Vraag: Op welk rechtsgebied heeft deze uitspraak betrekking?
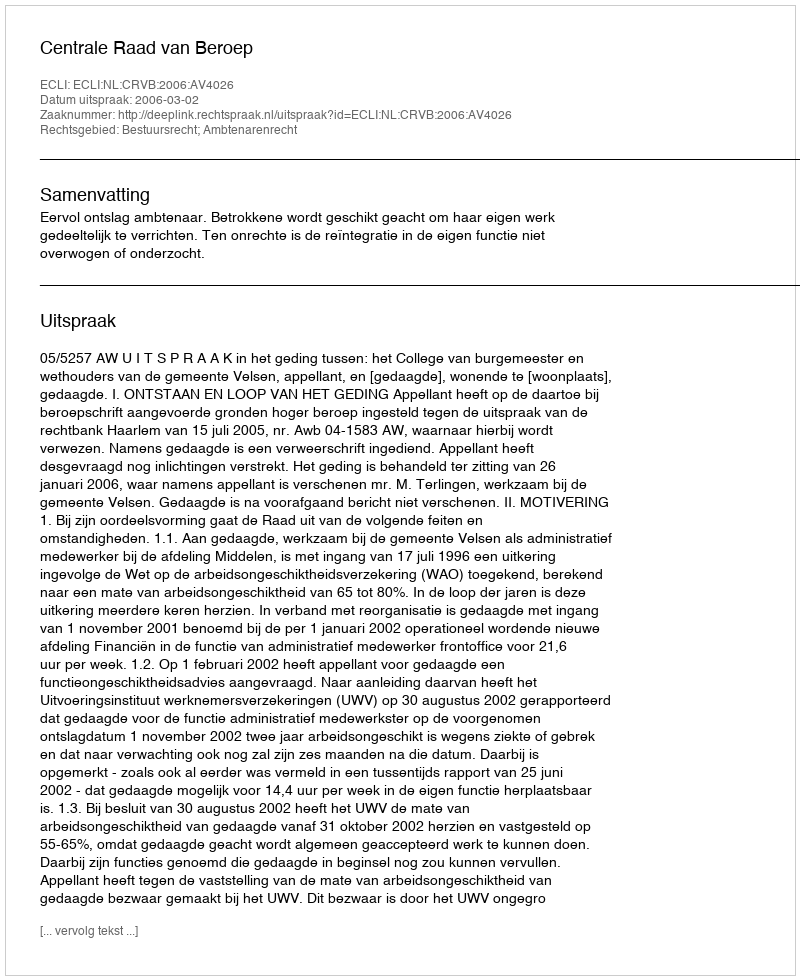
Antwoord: Bestuursrecht; Ambtenarenrecht